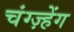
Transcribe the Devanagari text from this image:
चंग्ज़्हेंग